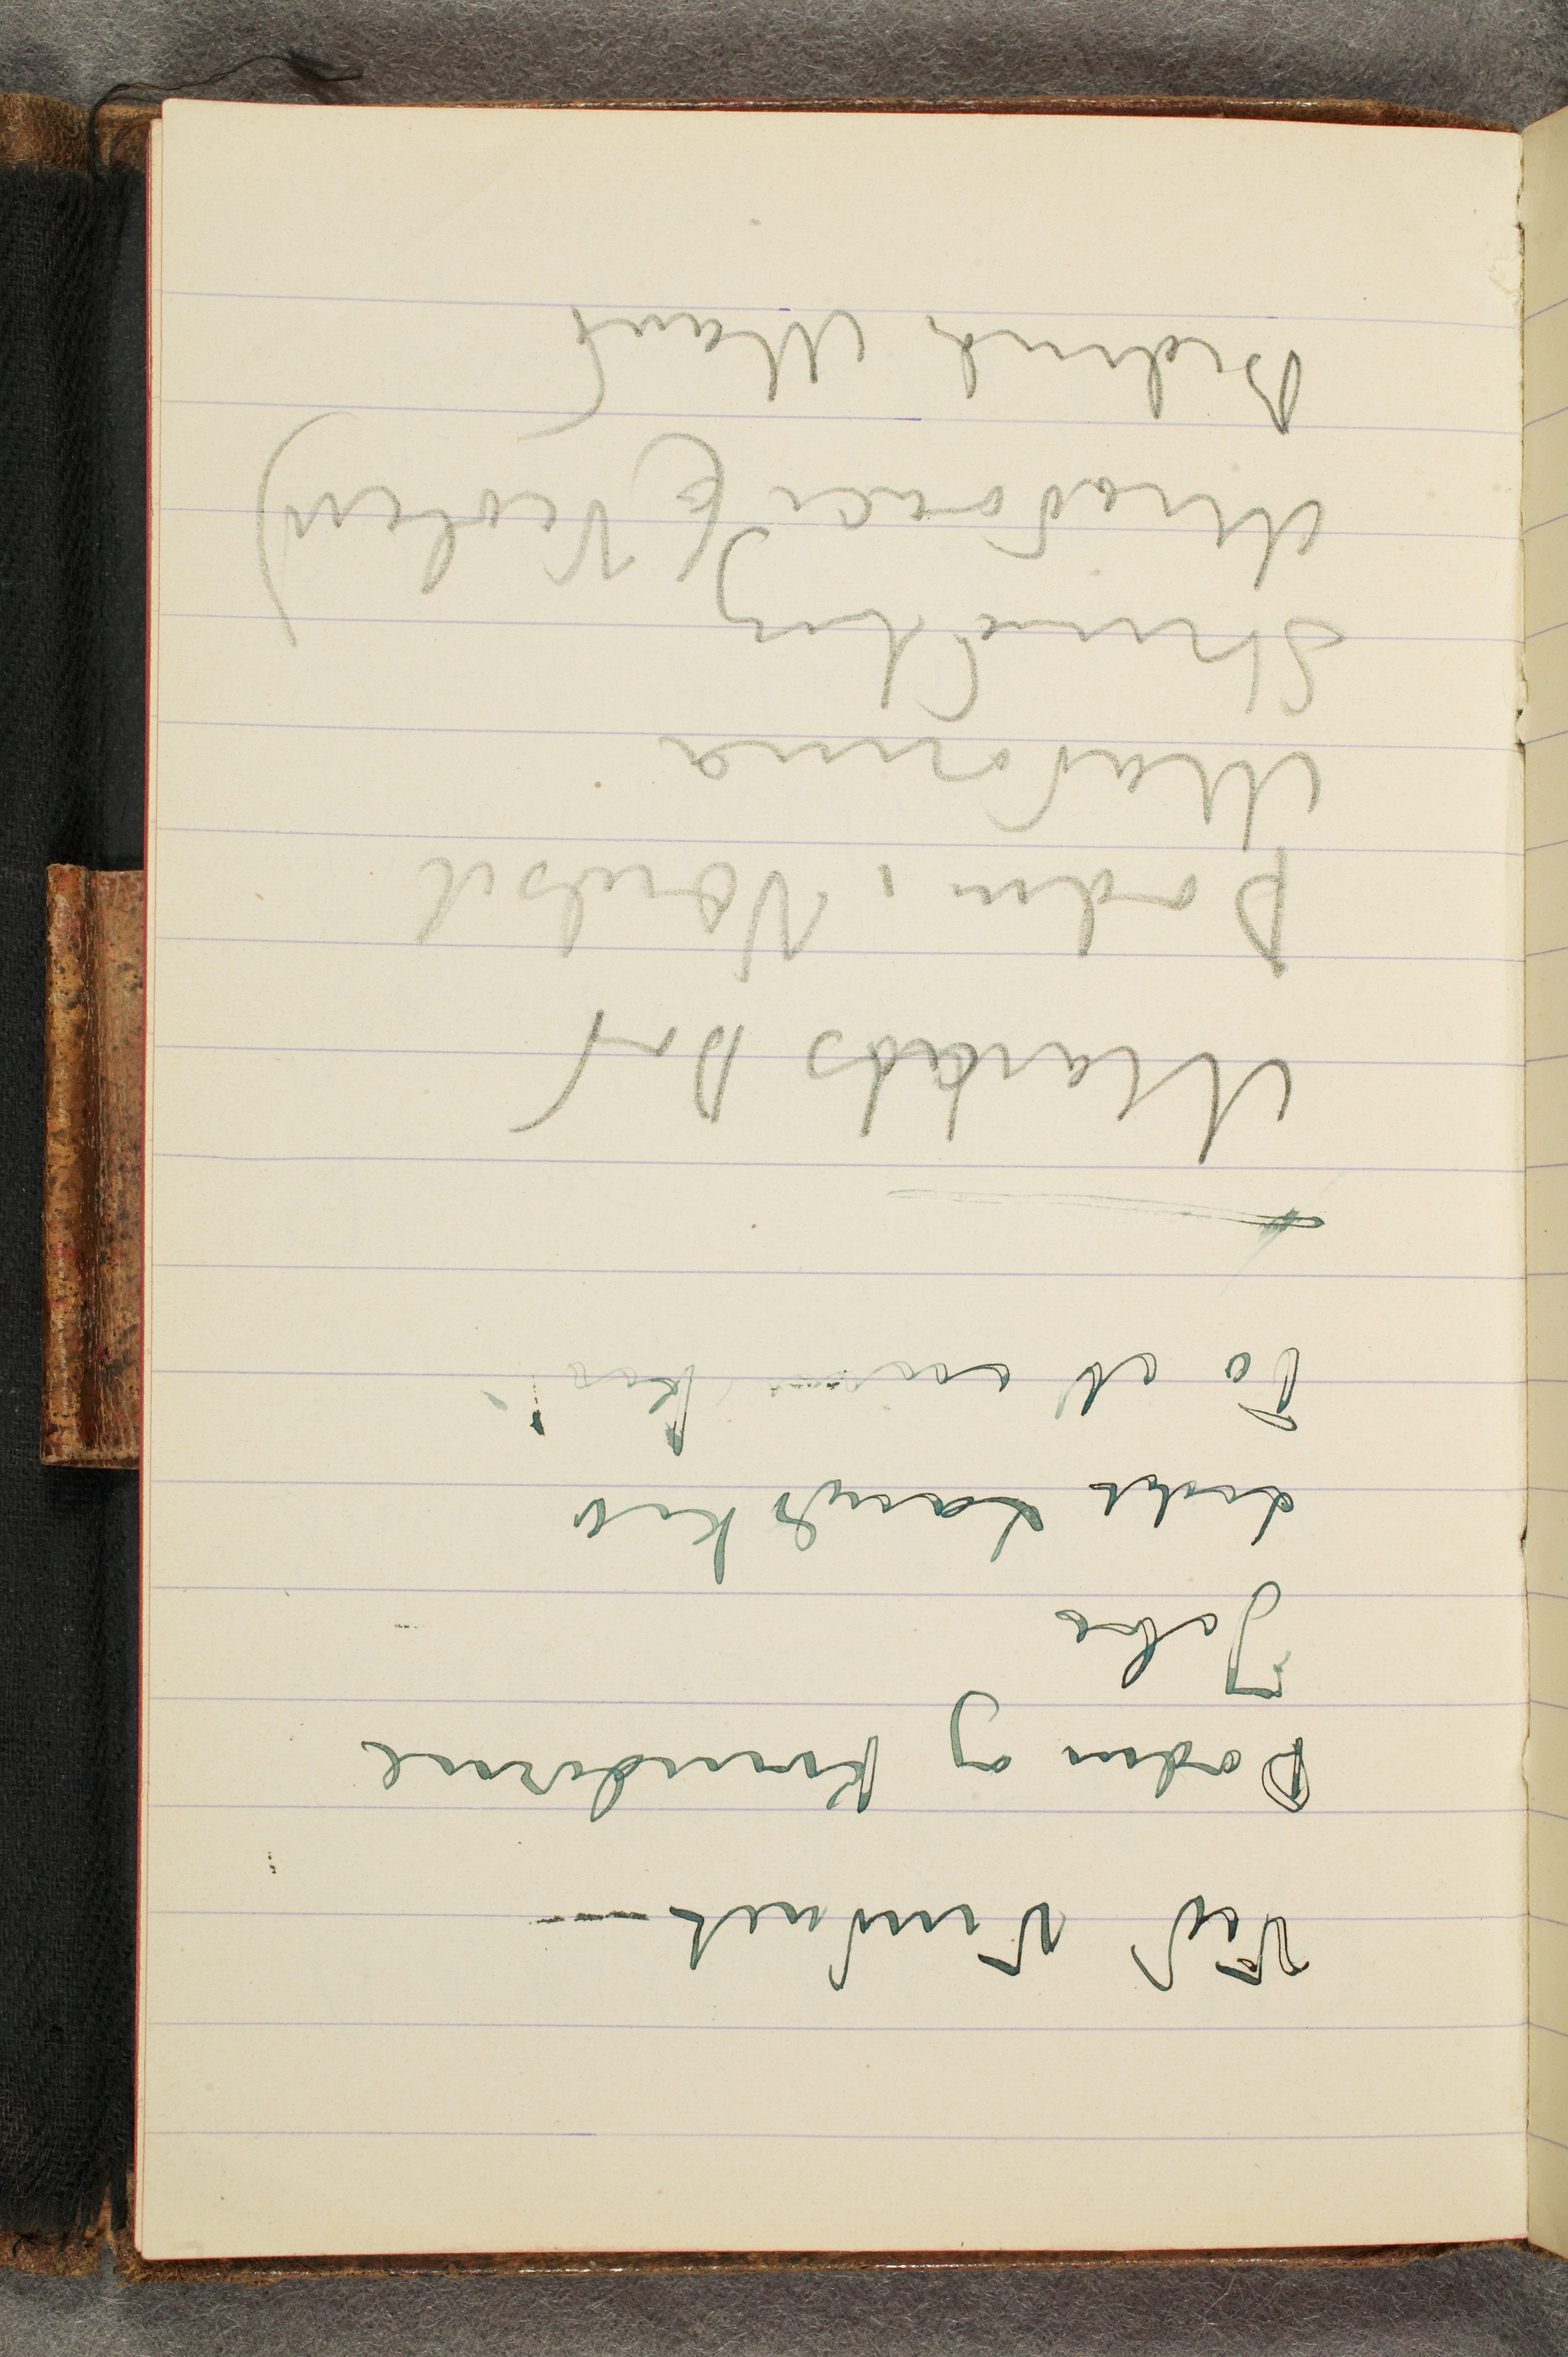
Ved Vinduet –
Døden og Kvinderne
Jabe
Lidet Landskab
To Mennesker
Marats Død
Døden i Værelset
Madonna
Strindberg
Mudocci (Violin)
Bedende mand